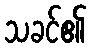
သခင်၏